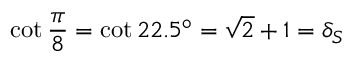
\cot { \frac { \pi } { 8 } } = \cot 2 2 . 5 ^ { \circ } = { \sqrt { 2 } } + 1 = \delta _ { S }